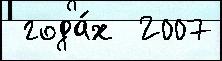
 года́х  2007